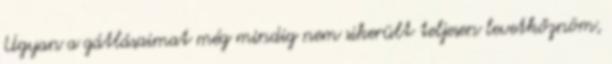
Ugyan a gátlásaimat még mindig nem sikerült teljesen levetkőznöm,